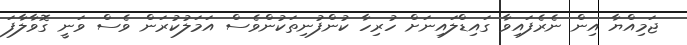
ޖަމިއްޔާ އިން ނެރެފައިވާ ގައިޑްލައިނަށް ހުރިހާ ކުންފުނިތަކުންވެސް އަމަލުކުރަން ވެސް ވަނީ ގޮވާލާފަ